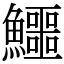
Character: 鱷